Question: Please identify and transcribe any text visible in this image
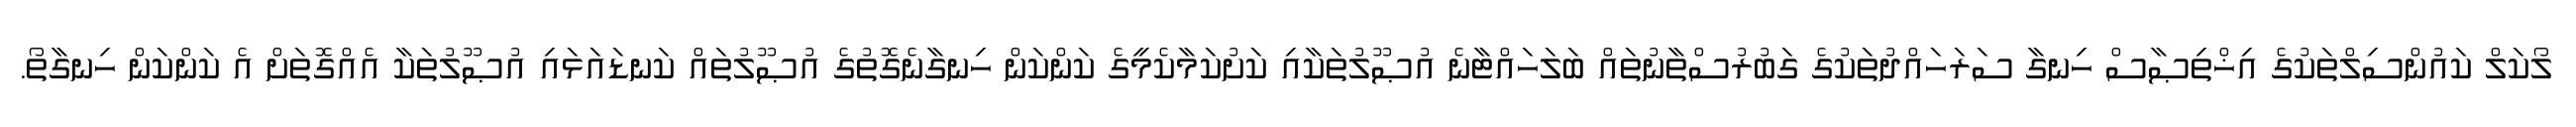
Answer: ލޯކަލް ކައުންސިލްތަކުގެ އިޚްތިޞާސް ހިނގާ ސަރަހައްދުތަކުގެ ގަބުރުސްތާނުތައް ބަލަހައްޓާނެ އުޞޫލުތަކާއި ކަށުކަމާކެމީގެ ކަންކަން ހިނގާނެގޮތުގެ އުޞޫލުތައް ކަނޑައަޅައި އުޞޫލުތަކާ އެއްގޮތަށް އެ ކަންކަން ހިނގާތޯ.